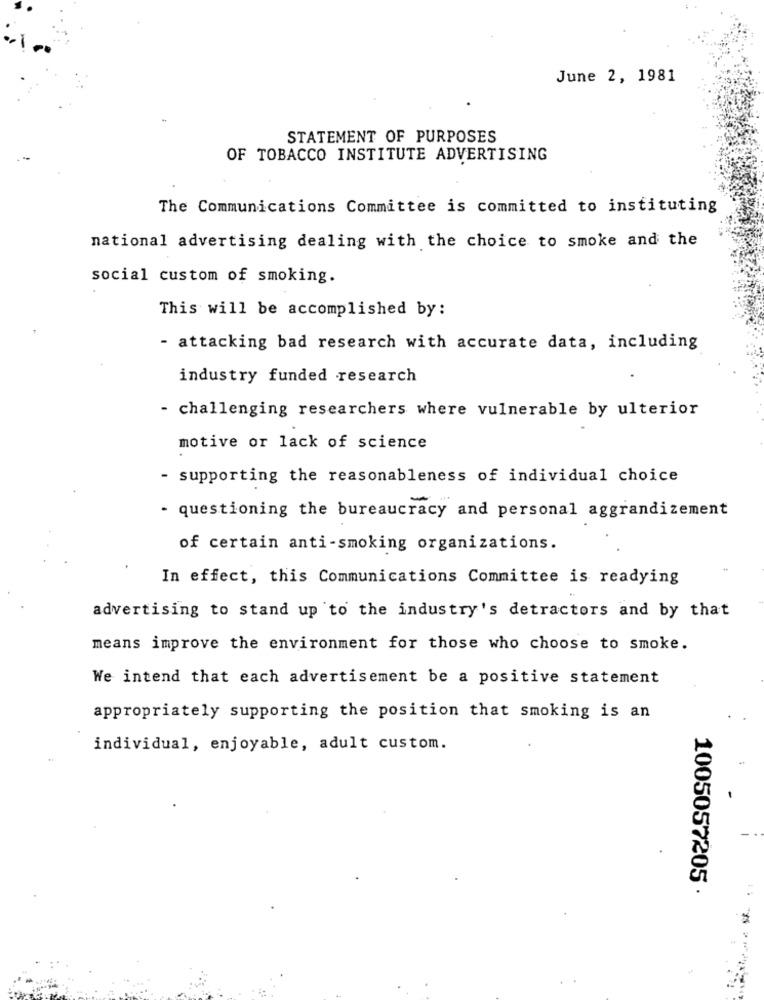
June 2, 1981
STATEMENT OF PURPOSES
OF TOBACCO INSTITUTE ADVERTISING
The Communications Committee is committed to instituting
national advertising dealing with the choice to smoke and the
social custom of smoking.
This will be accomplished by:
- attacking bad research with accurate data, including
industry funded research
- challenging researchers where vulnerable by ulterior
motive or lack of science
- supporting the reasonableness of individual choice
- questioning the bureaucracy and personal aggrandizement
of certain anti-smoking organizations.
In effect, this Communications Committee is readying
advertising to stand up to the industry's detractors and by that
means improve the environment for those who choose to smoke.
We intend that each advertisement be a positive statement
appropriately supporting the position that smoking is an
individual, enjoyable, adult custom.
1005057205 ·